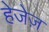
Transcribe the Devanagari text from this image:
हेजेज़